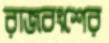
রাজবংশের